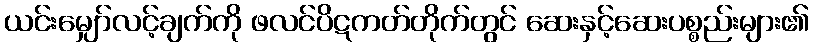
ယင်းမျှော်လင့်ချက်ကို ဖလင်ပိဋကတ်တိုက်တွင် ဆေးနှင့်ဆေးပစ္စည်းများ၏